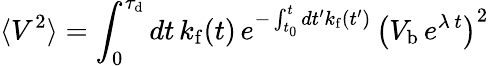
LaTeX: \langle V^{2}\rangle=\int_{0}^{\tau_{\mathrm{d}}}dt\, k_{\mathrm{f}}(t)\, e^{-\int_{t_{0}}^{t}dt^{\prime}k_{\mathrm{f}}(t^{\prime})}\, \left(V_{\mathrm{b}}\, e^{\lambda\, t}\right)^{2}